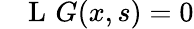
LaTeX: \quad\operatorname{L}\, G(x,s)=0